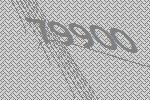
79900